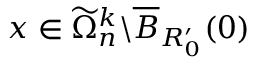
x \in \widetilde \Omega _ { n } ^ { k } \backslash \overline { B } _ { R _ { 0 } ^ { \prime } } ( 0 )